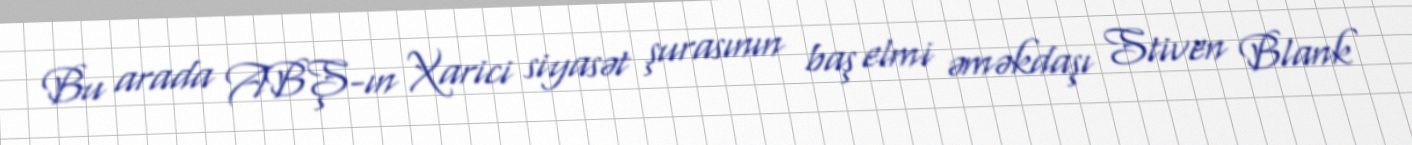
Bu arada ABŞ-ın Xarici siyasət şurasının baş elmi əməkdaşı Stiven Blank